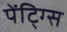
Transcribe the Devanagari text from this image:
पेंटि्ग्स